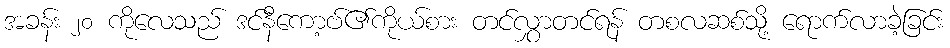
အခန်း ၂၀ ကိုလေသည် ဒင်နီကော့ဗ်၏ကိုယ်စား တင်လွှာတင်ရန် တစလဆစ်သို့ ရောက်လာခဲ့ခြင်း